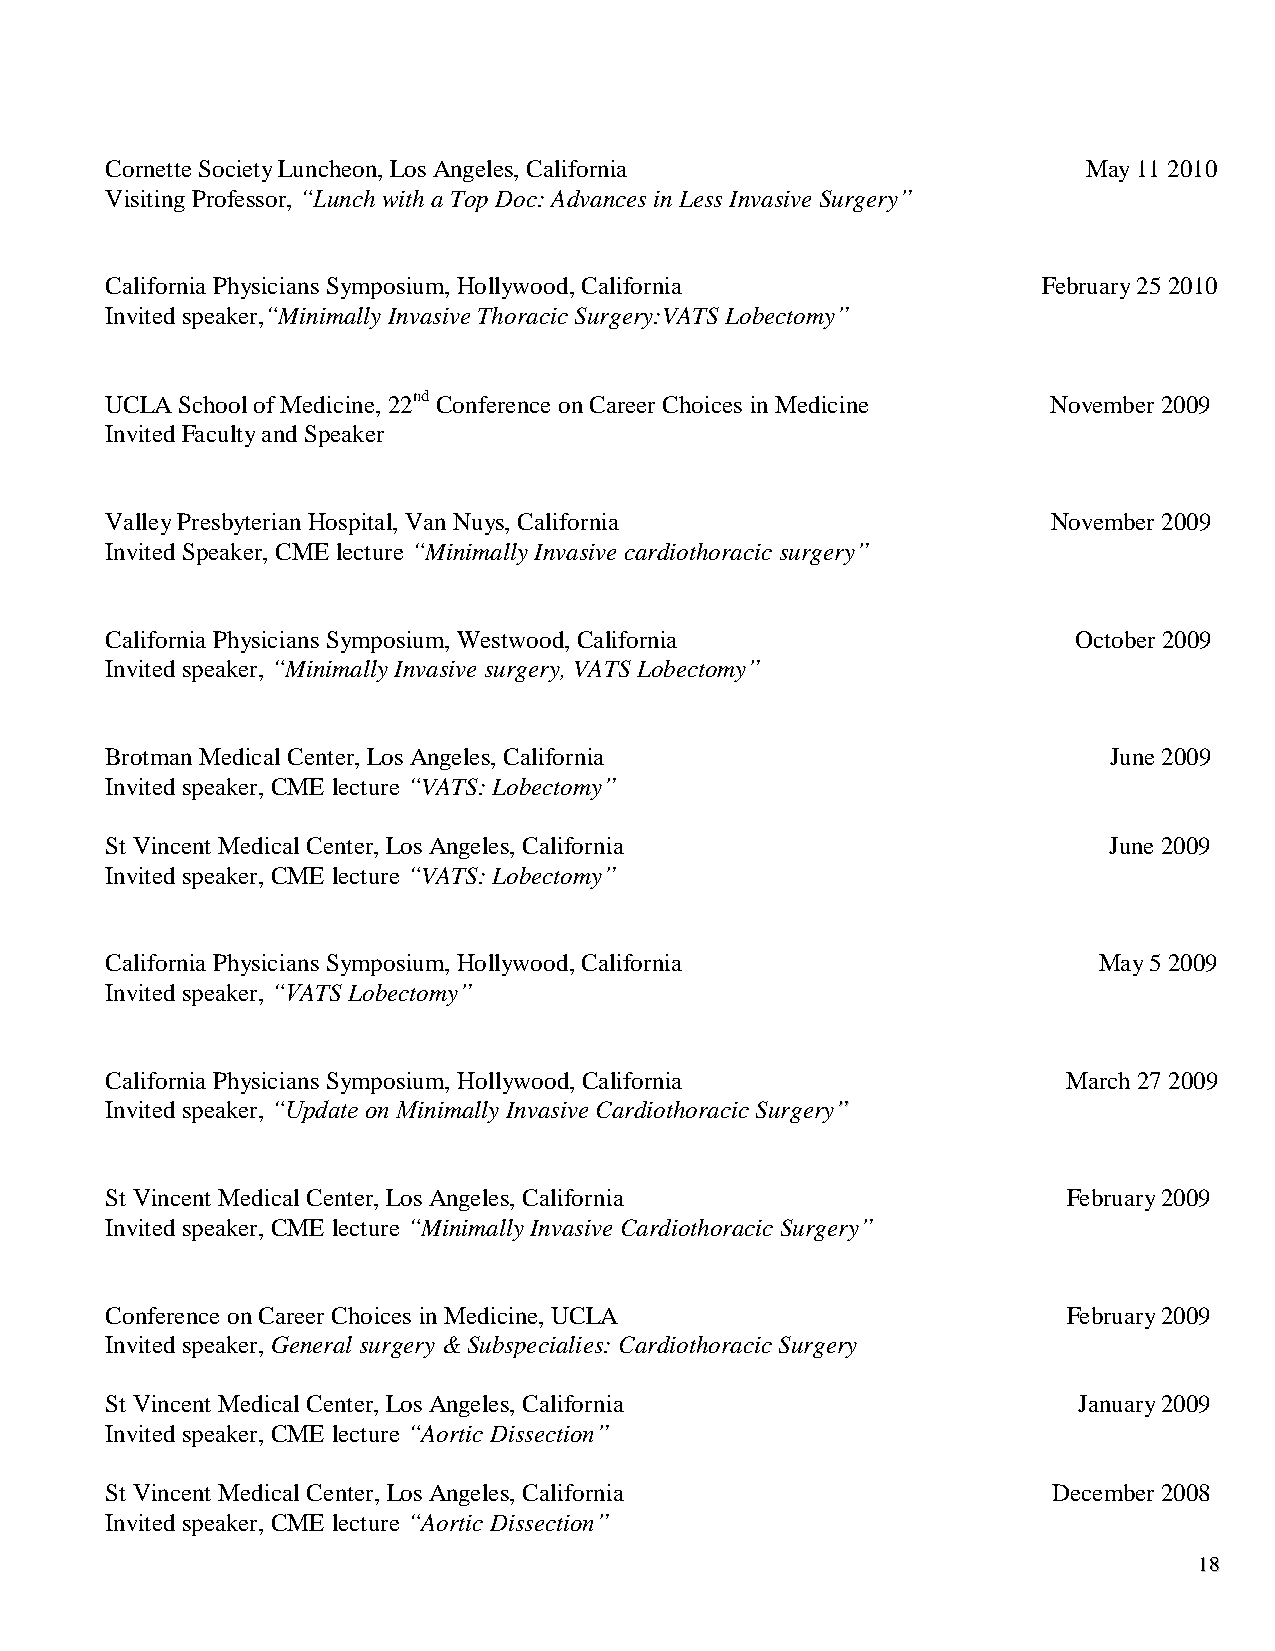
Cornette Society Luncheon, Los Angeles, California               May 11 2010
 Visiting Professor, “Lunch with a Top Doc: Advances in Less Invasive Surgery”
 California Physicians Symposium, Hollywood, California        February 25 2010
 Invited speaker,“Minimally Invasive Thoracic Surgery:VATS Lobectomy”
 UCLA School of Medicine, 22nd Conference on Career Choices in Medicine November 2009
 Invited Faculty and Speaker
 Valley Presbyterian Hospital, Van Nuys, California             November 2009
 Invited Speaker, CME lecture “Minimally Invasive cardiothoracic surgery”
 California Physicians Symposium, Westwood, California           October 2009
 Invited speaker, “Minimally Invasive surgery, VATS Lobectomy”
 Brotman Medical Center, Los Angeles, California                   June 2009
 Invited speaker, CME lecture “VATS: Lobectomy”
 St Vincent Medical Center, Los Angeles, California                June 2009
 Invited speaker, CME lecture “VATS: Lobectomy”
 California Physicians Symposium, Hollywood, California            May 5 2009
 Invited speaker, “VATS Lobectomy”
 California Physicians Symposium, Hollywood, California          March 27 2009
 Invited speaker, “Update on Minimally Invasive Cardiothoracic Surgery””
 St Vincent Medical Center, Los Angeles, California              February 2009
 Invited speaker, CME lecture “Minimally Invasive Cardiothoracic Surgery”
 Conference on Career Choices in Medicine, UCLA                  February 2009
 Invited speaker, General surgery & Subspecialies: Cardiothoracic Surgery
 St Vincent Medical Center, Los Angeles, California              January 2009
 Invited speaker, CME lecture “Aortic Dissection”
 St Vincent Medical Center, Los Angeles, California             December 2008
 Invited speaker, CME lecture “Aortic Dissection”
 1188
 1188